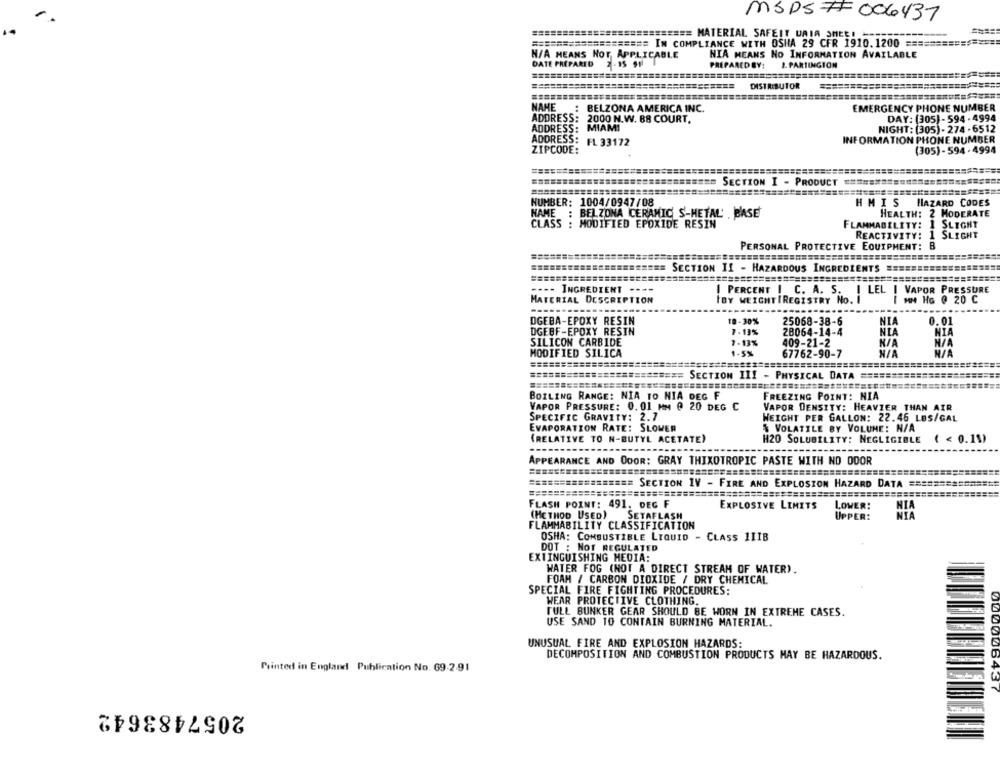
MSDS7F 006437
========================== MATERIAL SAFEIT UAIA SHEE! ==
=================== IN COMPLIANCE WITH OSHA 29 CFR 1910.1200 =======
H/A MEANS NOT APPLICABLE
NIA MEANS NO INFORMATION AVAILABLE
DATE PREPARED
PREPAREDBY:
1. PARTINGION
DISTRIBUTOR
NAHE
BELZONA AMERICA INC.
EMERGENCY PHONE NUMBER
ADDRESS: 2000 N.W. 88 COURT.
DAY: (305) - 594 - 4994
ADDRESS: MIAMI
NIGHT: (305) - 274 -6512
INFORMATION PHONE NUMBER
ADDRESS: FL 33172
ZIPCODE:
(305) - 594 -4994
SECTION I - PRODUCT
NUMBER: 1004/0947/08
HM IS HAZARD CODES
NAME : BELZONA CERAMIC S-HETAL , BASE
HEALTH: 2 MODERATE
CLASS : MODIFIED EPOXIDE RESIN
FLAMMABILITY: 1 SLIGHT
REACTIVITY: 1 SLIGHT
PERSONAL PROTECTIVE EQUIPMENT: B
SECTION II - HAZARDOUS INGREDIENTS
=========
===========
======
---- INGREDIENT ----
| PERCENT | C. A. S. I LEL | VAPOR PRESSURE
MATERIAL DESCRIPTION
IBY WEIGHTIREGISTRY NO. I
I MM HG @ 20 C
DGEBA-EPOXY RESIN
10-30%
25068-38-6
NIA
0.01
DGEBF-EPOXY RESIN
7-13%
28064-14-4
NIA
NIA
SILICON CARBIDE
7-13%
409-21-2
MODIFIED SILICA
1-5%
67762-90-7
========
========== SECTION III - PHYSICAL DATA =======
BOILING RANGE: NIA TO NIA DEG F
FREEZING POINT: NIA
VAPOR PRESSURE: 0. 01 MM @ 20 DEG C
VAPOR DENSITY: HEAVIER THAN AIR
SPECIFIC GRAVITY: 2.7
WEIGHT PER GALLON: 22.46 LES/GAL
EVAPORATION RATE: SLOWER
& VOLATILE BY VOLUME: N/A
(RELATIVE TO N-BUTYL ACETATE)
H20 SOLUBILITY: NEGLIGIBLE
( < 0.19)
------
APPEARANCE AND ODOR: GRAY THIXOTROPIC PASTE WITH NO ODOR
================= SECTION IV - FIRE AND EXPLOSION HAZARD DATA ==============
FLASH POINT: 491. DEG F
EXPLOSIVE LIMITS
LOWER:
NIA
(METHOD USED)
SETAFLASH
UPPER:
NIA
FLAMMABILITY CLASSIFICATION
OSHA: COMBUSTIBLE LIQUID - CLASS 1IIB
DOT : NOT REGULATED
EXTINGUISHING MEDIA:
WATER FOG (NOT A DIRECT STREAM OF WATER).
FOAM / CARBON DIOXIDE / DRY CHEMICAL
SPECIAL FIRE FIGHTING PROCEDURES:
WEAR PROTECTIVE CLOTHING.
FULL BUNKER GEAR SHOULD BE WORN IN EXTREME CASES.
USE SAND 10 CONTAIN BURNING MATERIAL.
UNUSUAL FIRE AND EXPLOSION HAZARDS:
DECOMPOSITION AND COMBUSTION PRODUCTS MAY BE HAZARDOUS.
Printed in England Publication No. 69-291
2057483642